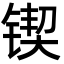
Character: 锲